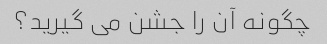
چگونه آن را جشن می گیرید؟